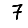
Digit: 7